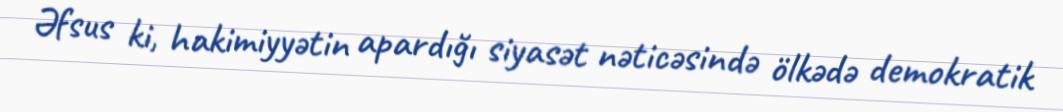
Əfsus ki, hakimiyyətin apardığı siyasət nəticəsində ölkədə demokratik